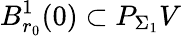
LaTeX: B_{r_{0}}^{1}(0)\subset P_{\Sigma_{1}}V